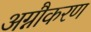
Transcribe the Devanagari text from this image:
अग्नौकरण